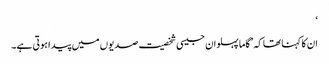
‘
ان کا کہنا تھا کہ ’گاما پہلوان جیسی شخصیت صدیوں میں پیدا ہوتی ہے۔